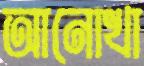
আনোখা